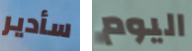
سأدير اليوم